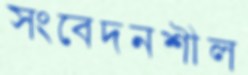
সংবেদনশীল